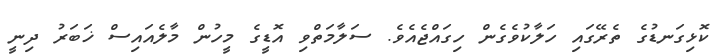
ކޮޅިގަނޑުގެ ތެރޭގައި ހަލާކުވެގެން ހިގައްޖެއެވެ. ސަލާމަތްވި އޮޑީގެ މީހުން މާލެއައިސް ޚަބަރު ދިނީ